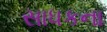
સાધકના